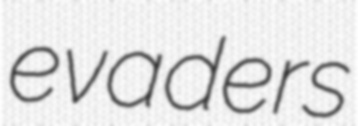
evaders